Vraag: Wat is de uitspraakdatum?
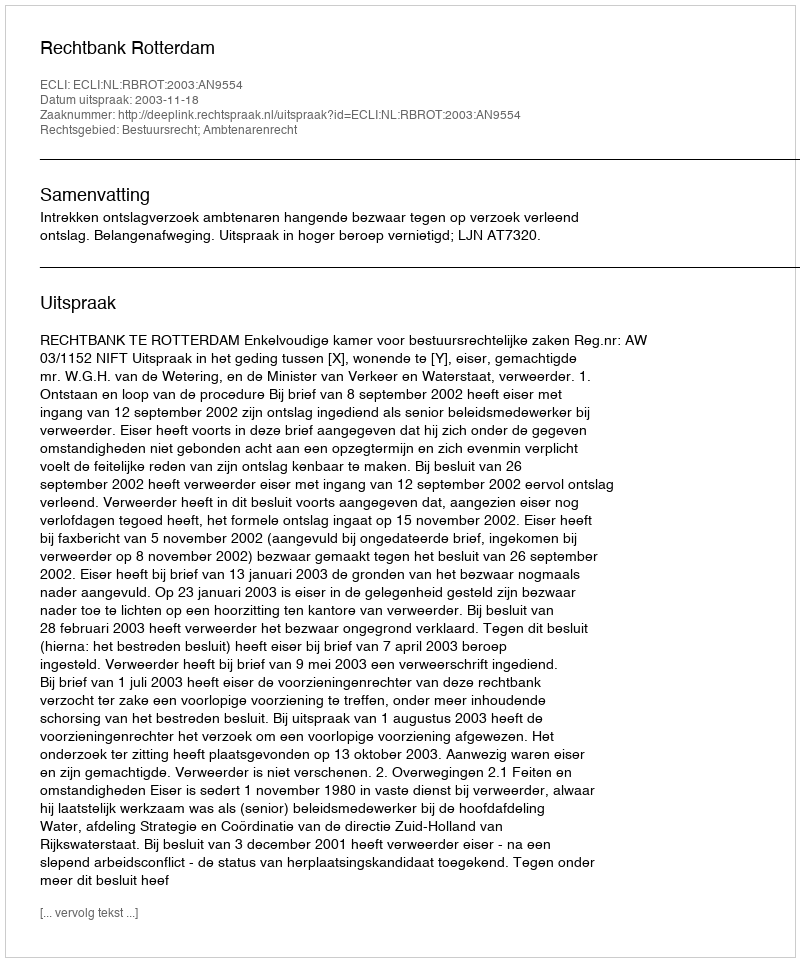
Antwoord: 2003-11-18